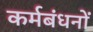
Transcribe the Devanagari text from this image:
कर्मबंधनों